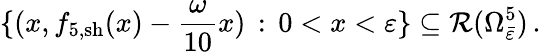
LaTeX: \{ (x,f_{5,\mathrm{sh}}(x)-\frac{\omega}{10}x)\, :\, 0<x<\varepsilon\} \subseteq\mathcal{R}(\Omega_{\bar{\varepsilon}}^{5})\, .